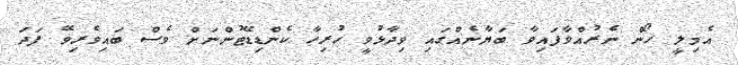
އެމިލީ ހޯން ނެރުއްވާފައިވާ ބަޔާނެއްގައި ވިދާޅުވީ ހުރިހާ ކެންޑިޑޭޓުންނަށް ވެސް ބައިވެރިވޭ ފަދަ